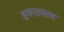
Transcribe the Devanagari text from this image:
दृगन्तस्तव